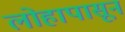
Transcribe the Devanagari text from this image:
लोहापासून